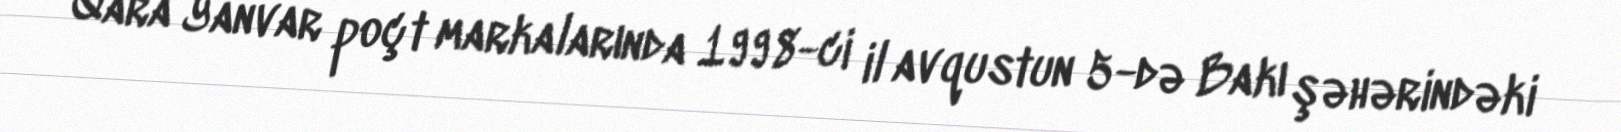
Qara Yanvar poçt markalarında 1998-ci il avqustun 5-də Bakı şəhərindəki